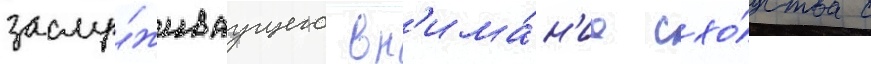
заслу́живаущего вн'има́н'иа схо́дства с